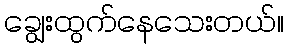
ချွေးထွက်နေသေးတယ်။